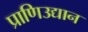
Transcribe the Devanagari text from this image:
प्राणिउद्यान